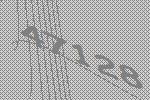
47128